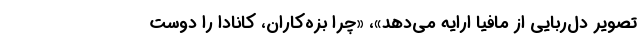
تصویر دل‌ربایی از مافیا ارایه می‌دهد»، «چرا بزه‌کاران، کانادا را دوست